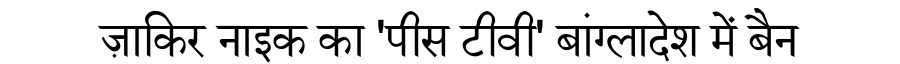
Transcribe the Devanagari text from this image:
ज़ाकिर नाइक का 'पीस टीवी' बांग्लादेश में बैन